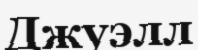
Джуэлл